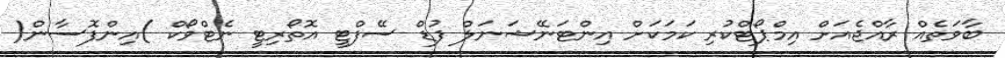
ބާވަތެއް ރާއްޖެއަށް އިމްޕޯޓްކުރި ކަމަކަށް އިންޓަނޭޝަނަލް ފުޑް ސޭފްޓީ އޮތޯރިޓީ ނެޓްވޯކް )އިންފޮސާން(